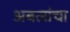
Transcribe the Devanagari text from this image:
अबलांचा